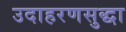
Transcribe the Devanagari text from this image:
उदाहरणसुद्धा